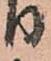
り